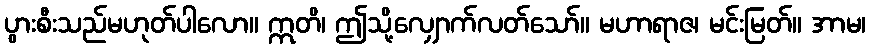
ပွားစီးသည်မဟုတ်ပါလော။ ဣတိ၊ ဤသို့လျှောက်လတ်သော်။ မဟာရာဇ၊ မင်းမြတ်။ အာမ၊